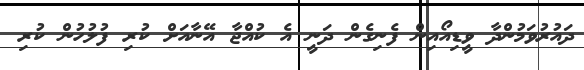
ދައުރުވަމުންދާ ވީޑިއޯއިން ފެނިގެން ދަނީ އެ ކުއްޖާ އޭނާއަށް ކުރި ފުލުހުން ކުރި